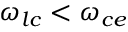
\omega _ { l c } < \omega _ { c e }